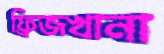
ফ্রিজখানা